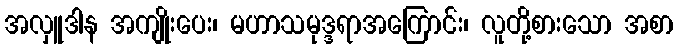
အလှူဒါန အကျိုးပေး၊ မဟာသမုဒ္ဒရာအကြောင်း၊ လူတို့စားသော အစာ